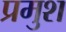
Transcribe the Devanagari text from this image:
प्रमुश